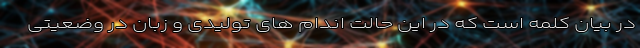
در بیان کلمه است که در این حالت اندام های تولیدی و زبان در وضعیتی